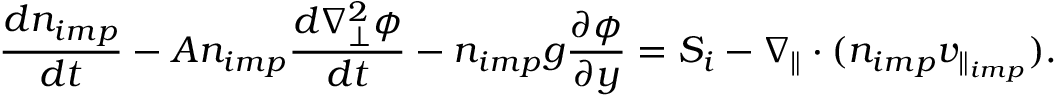
\frac { d n _ { i m p } } { d t } - A n _ { i m p } \frac { d \nabla _ { \perp } ^ { 2 } \phi } { d t } - n _ { i m p } g \frac { \partial \phi } { \partial y } = S _ { i } - \nabla _ { \parallel } \cdot ( n _ { i m p } v _ { \parallel _ { i m p } } ) .